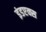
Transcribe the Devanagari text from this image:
इंडएक्स